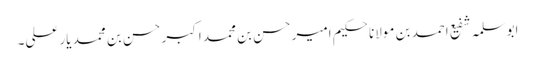
ابوسلمہ شفیع احمد بن مولانا حکیم امیر حسن بن محمد اکبر حسن بن محمد یار علی۔